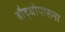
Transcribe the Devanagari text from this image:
बौद्धोपासना